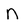
Character: n